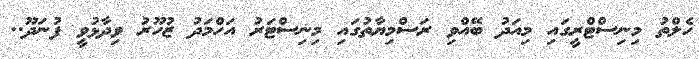
ހެލްތު މިނިސްޓްރީގައި މިއަދު ބޭއްވި ރަސްމިޔާތުގައި މިނިސްޓަރު އަހްމަދު ޒުހޫރު ވިދާޅުވީ ފުނަދޫ..